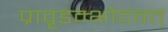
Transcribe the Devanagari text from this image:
प्रावृडम्भोदवत्